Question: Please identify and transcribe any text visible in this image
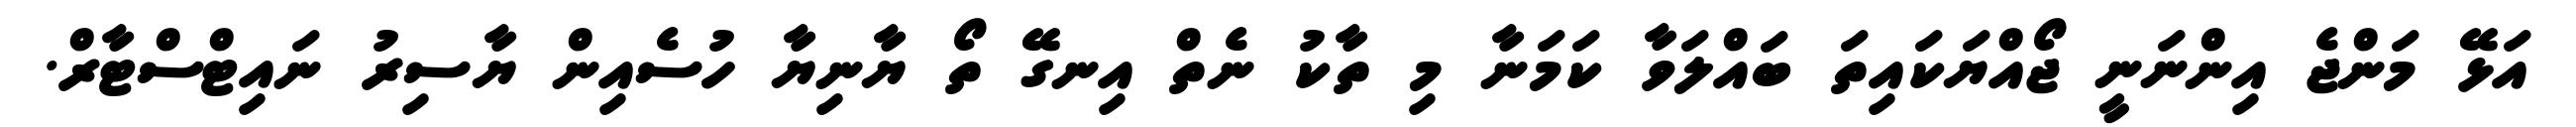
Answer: އަޅޭ މަންޖެ އިންނަނީ ޖޯއްޔަކައިތަ ބައްލަވާ ކަމަނާ މި ތާކު ނެތް އިނގޭ ތޯ ޔާނިޔާ ހުސެއިން ޔާސިރު ނައިޓްސްޓާރް.